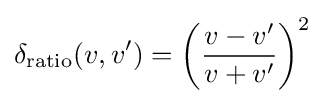
\delta _{\text{ratio}}(v,v')=\left({\frac {v-v'}{v+v'}}\right)^{2}